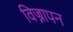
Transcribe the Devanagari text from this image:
विज्नापन